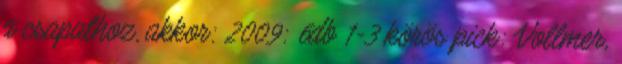
a csapathoz, akkor: 2009: 6db 1-3 körös pick: Vollmer,